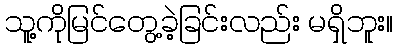
သူ့ကိုမြင်တွေ့ခဲ့ခြင်းလည်း မရှိဘူး။